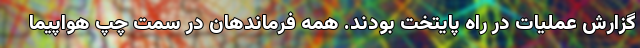
گزارش عملیات در راه پایتخت بودند. همه فرماندهان در سمت چپ هواپیما